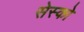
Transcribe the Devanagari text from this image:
सेस्को